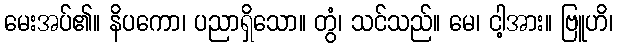
မေးအပ်၏။ နိပကော၊ ပညာရှိသော။ တွံ၊ သင်သည်။ မေ၊ ငါ့အား။ ဗြူဟိ၊